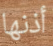
أذنها